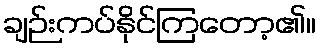
ချဉ်းကပ်နိုင်ကြတော့၏။